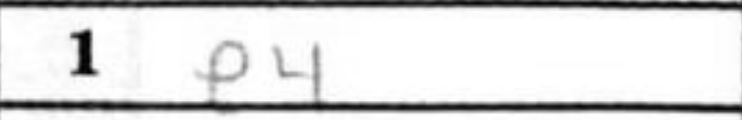
Transcription: e4